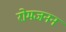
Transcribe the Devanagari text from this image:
रोमजनन